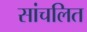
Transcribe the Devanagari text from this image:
सांचलित